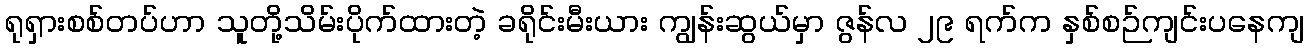
ရုရှားစစ်တပ်ဟာ သူတို့သိမ်းပိုက်ထားတဲ့ ခရိုင်းမီးယား ကျွန်းဆွယ်မှာ ဇွန်လ ၂၉ ရက်က နှစ်စဉ်ကျင်းပနေကျ